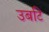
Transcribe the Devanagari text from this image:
उबटि